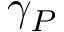
\gamma _ { P }